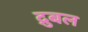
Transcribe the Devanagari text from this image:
द्रुबल